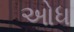
ઓધ